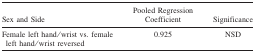
| Sex and Side | Pooled Regression Coefficient | Significance |
 | --- | --- | --- |
 | Female left hand/wrist vs. female left hand/wrist reversed | 0.925 | NSD |